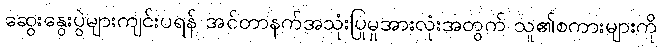
ဆွေးနွေးပွဲများကျင်းပရန် အင်တာနက်အသုံးပြုမှုအားလုံးအတွက် သူ၏စကားများကို